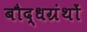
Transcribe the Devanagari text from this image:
बौद्धग्रंथों